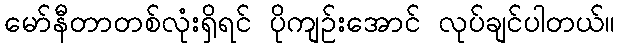
မော်နီတာတစ်လုံးရှိရင် ပိုကျဉ်းအောင် လုပ်ချင်ပါတယ်။